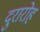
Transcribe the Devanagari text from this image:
दुरारोह